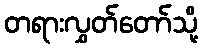
တရားလွှတ်တော်သို့